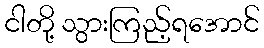
ငါတို့ သွားကြည့်ရအောင်